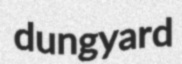
dungyard